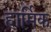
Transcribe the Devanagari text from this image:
हार्मिक